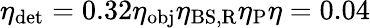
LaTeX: \eta_{\textrm{det}}=0.32\eta_{\textrm{obj}}\eta_{\textrm{BS,R}}\eta_{\textrm{P}}\eta=0.04